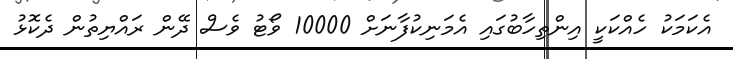
އެކަމަކު ހެއްކަކީ އިންތިހާބުގައި އެމަނިކުފާނަށް 10000 ވޯޓު ވެސް ދޭން ރައްޔިތުން ދެކޮޅު